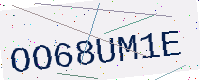
Text: OO68UM1E